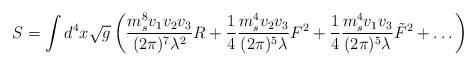
\begin{align*}S = \int d^4 x \sqrt{g} \left( {{m_s^8 v_1 v_2 v_3} \over (2 \pi)^7 \lambda^2} R + {1 \over 4} {{m_s^4 v_2 v_3} \over {(2 \pi)^5 \lambda}} F^2+ {1 \over 4} {{m_s^4 v_1 v_3} \over {(2 \pi)^5 \lambda}} \tilde{F}^2 +\dots \right)\end{align*}